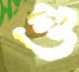
গু